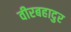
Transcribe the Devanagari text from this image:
वीरबहादुर